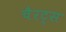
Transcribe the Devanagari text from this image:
चैरट्स